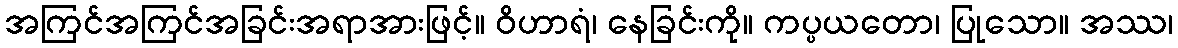
အကြင်အကြင်အခြင်းအရာအားဖြင့်။ ဝိဟာရံ၊ နေခြင်းကို။ ကပ္ပယတော၊ ပြုသော။ အဿ၊